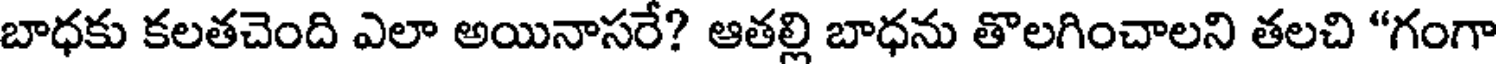
బాధకు కలతచెంది ఎలా అయినాసరే? ఆతల్లి బాధను తొలగించాలని తలచి "గంగా